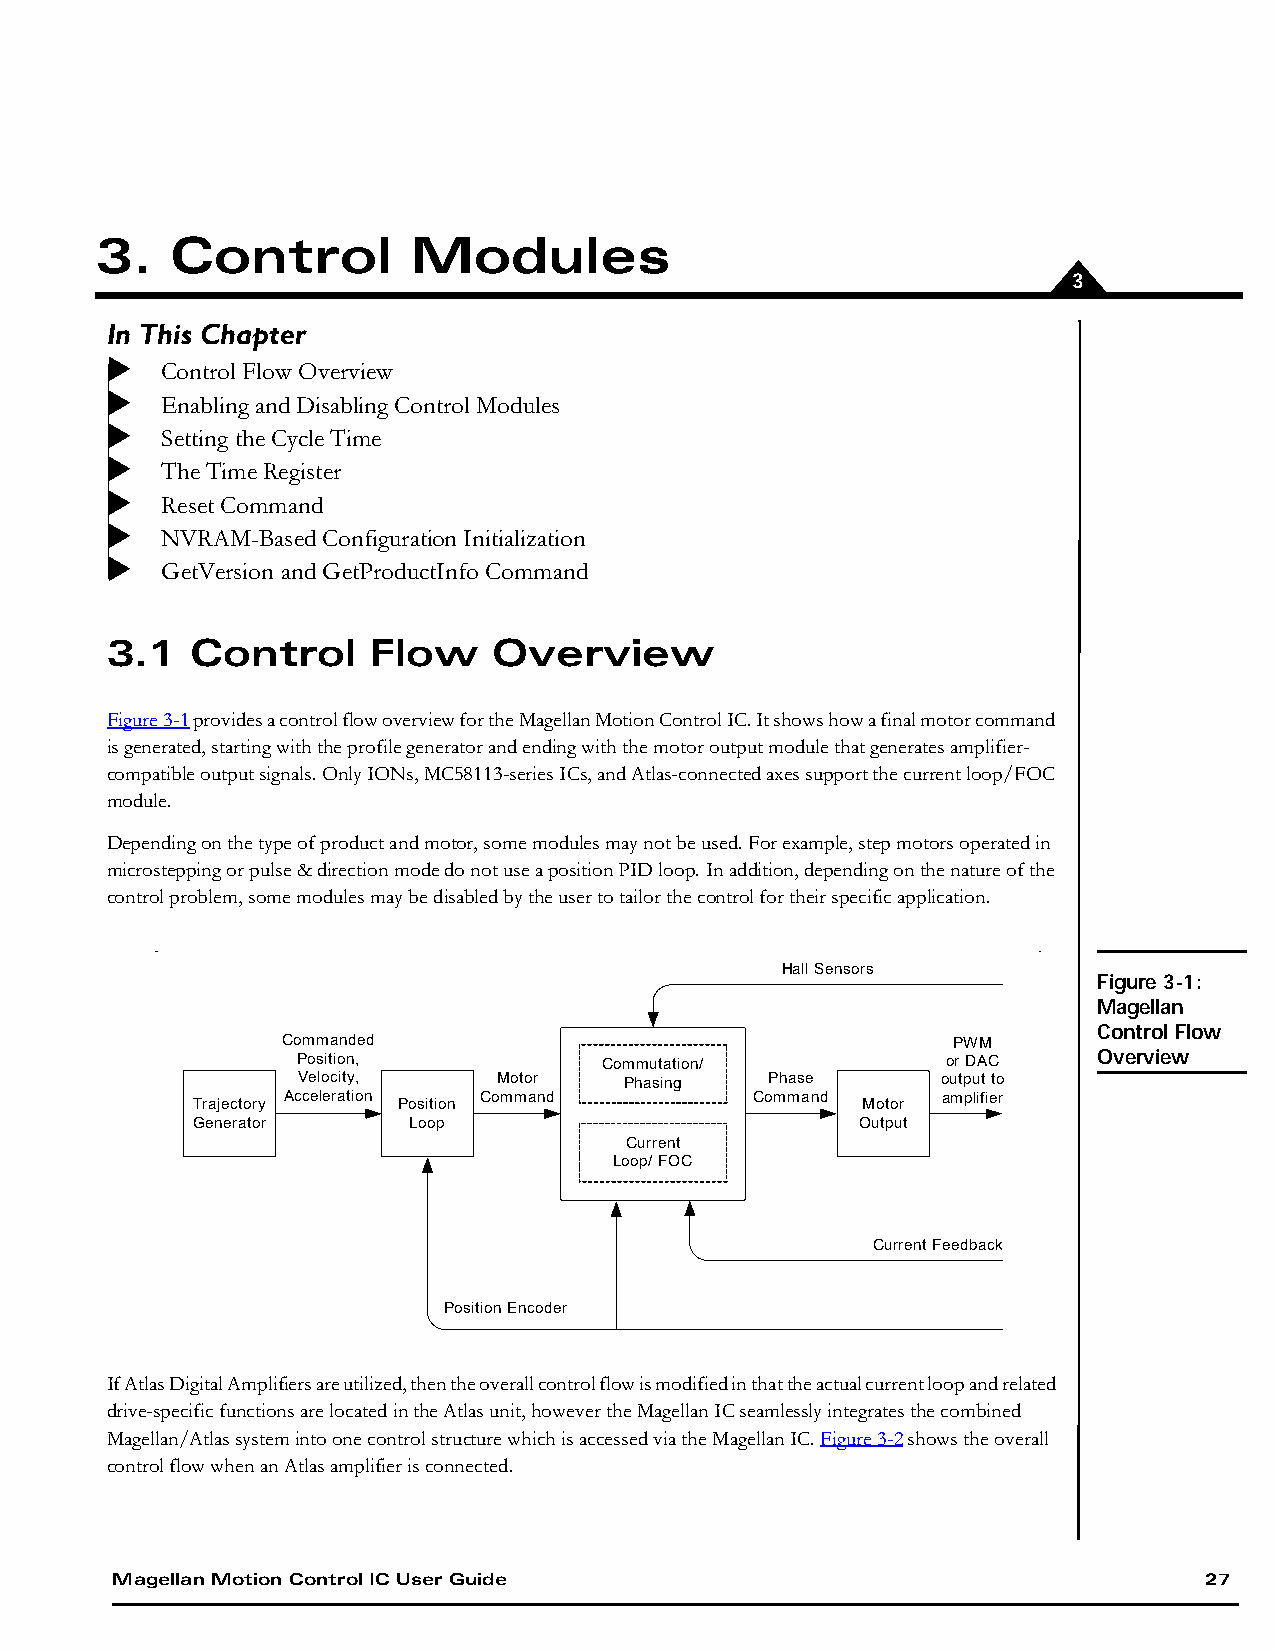
3.   Control         Modules
 3
 In This Chapter
 Control Flow Overview
 Enabling and Disabling Control Modules
 Setting the Cycle Time
 The  Time Register
 Reset Command
 NVRAM-Based Configuration Initialization
 GetVersion and GetProductInfo Command
 3.1   Control     Flow    Overview
 Figure3-1 provides a control flow overview for the Magellan Motion Control IC. It shows how a final motor command
 is generated, starting with the profile generator and ending with the motor output module that generates amplifier-
 compatible output signals. Only IONs, MC58113-series ICs, and Atlas-connected axes support the current loop/FOC
 module.
 Depending on the type of product and motor, some modules may not be used. For example, step motors operated in
 microstepping or pulse & direction mode do not use a position PID loop. In addition, depending on the nature of the
 control problem, some modules may be disabled by the user to tailor the control for their specific application.
 Hall Sensors
 Figure 3-1:
 Magellan
 Control Flow
 Commanded                                   PWM
 Position,           Commutation/           or DAC    Overview
 Velocity,    Motor   Phasing   Phase      output to
 Acceleration Command           Command     amplifier
 Trajectory   Position                       Motor
 Generator     Loop                          Output
 Current
 Loop/ FOC
 Current Feedback
 Position Encoder
 If Atlas Digital Amplifiers are utilized, then the overall control flow is modified in that the actual current loop and related
 drive-specific functions are located in the Atlas unit, however the Magellan IC seamlessly integrates the combined
 Magellan/Atlas system into one control structure which is accessed via the Magellan IC. Figure3-2 shows the overall
 control flow when an Atlas amplifier is connected.
 Magellan Motion Control IC User Guide                                    27